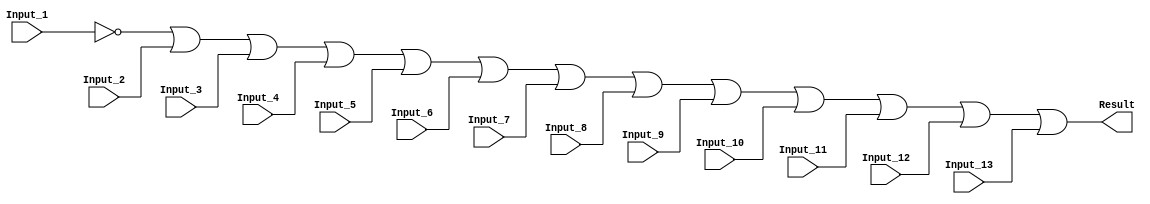
/******************************************************************************
 ** Logisim goes FPGA automatic generated Verilog code                       **
 **                                                                          **
 ** Component : OR_GATE_13_INPUTS                                            **
 **                                                                          **
 ******************************************************************************/

`timescale 1ns/1ps
module OR_GATE_13_INPUTS( Input_1,
                          Input_10,
                          Input_11,
                          Input_12,
                          Input_13,
                          Input_2,
                          Input_3,
                          Input_4,
                          Input_5,
                          Input_6,
                          Input_7,
                          Input_8,
                          Input_9,
                          Result);

   /***************************************************************************
    ** Here all module parameters are defined with a dummy value             **
    ***************************************************************************/
   parameter BubblesMask = 1;


   /***************************************************************************
    ** Here the inputs are defined                                           **
    ***************************************************************************/
   input  Input_1;
   input  Input_10;
   input  Input_11;
   input  Input_12;
   input  Input_13;
   input  Input_2;
   input  Input_3;
   input  Input_4;
   input  Input_5;
   input  Input_6;
   input  Input_7;
   input  Input_8;
   input  Input_9;

   /***************************************************************************
    ** Here the outputs are defined                                          **
    ***************************************************************************/
   output Result;

   /***************************************************************************
    ** Here the internal wires are defined                                   **
    ***************************************************************************/
   wire s_real_input_1;
   wire s_real_input_10;
   wire s_real_input_11;
   wire s_real_input_12;
   wire s_real_input_13;
   wire s_real_input_2;
   wire s_real_input_3;
   wire s_real_input_4;
   wire s_real_input_5;
   wire s_real_input_6;
   wire s_real_input_7;
   wire s_real_input_8;
   wire s_real_input_9;
   wire[12:0] s_signal_invert_mask;


   /***************************************************************************
    ** Here the bubbles are processed                                        **
    ***************************************************************************/
   assign s_signal_invert_mask = BubblesMask;
   assign s_real_input_1 = (s_signal_invert_mask[0]) ? ~Input_1: Input_1;
   assign s_real_input_2 = (s_signal_invert_mask[1]) ? ~Input_2: Input_2;
   assign s_real_input_3 = (s_signal_invert_mask[2]) ? ~Input_3: Input_3;
   assign s_real_input_4 = (s_signal_invert_mask[3]) ? ~Input_4: Input_4;
   assign s_real_input_5 = (s_signal_invert_mask[4]) ? ~Input_5: Input_5;
   assign s_real_input_6 = (s_signal_invert_mask[5]) ? ~Input_6: Input_6;
   assign s_real_input_7 = (s_signal_invert_mask[6]) ? ~Input_7: Input_7;
   assign s_real_input_8 = (s_signal_invert_mask[7]) ? ~Input_8: Input_8;
   assign s_real_input_9 = (s_signal_invert_mask[8]) ? ~Input_9: Input_9;
   assign s_real_input_10 = (s_signal_invert_mask[9]) ? ~Input_10: Input_10;
   assign s_real_input_11 = (s_signal_invert_mask[10]) ? ~Input_11: Input_11;
   assign s_real_input_12 = (s_signal_invert_mask[11]) ? ~Input_12: Input_12;
   assign s_real_input_13 = (s_signal_invert_mask[12]) ? ~Input_13: Input_13;

   /***************************************************************************
    ** Here the functionality is defined                                     **
    ***************************************************************************/
   assign Result = s_real_input_1 |
                   s_real_input_2 |
                   s_real_input_3 |
                   s_real_input_4 |
                   s_real_input_5 |
                   s_real_input_6 |
                   s_real_input_7 |
                   s_real_input_8 |
                   s_real_input_9 |
                   s_real_input_10 |
                   s_real_input_11 |
                   s_real_input_12 |
                   s_real_input_13;


endmodule